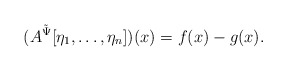
\begin{align*}(A^{\tilde \Psi}[\eta_1,\dots,\eta_n])(x) = f(x) - g(x).\end{align*}